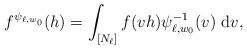
LaTeX: \begin{align*} f^{\psi_{\ell, w_0}}(h)=\int_{[N_\ell]} f(vh)\psi_{\ell,w_0}^{-1}(v)\ \mathrm{d}v,\end{align*}